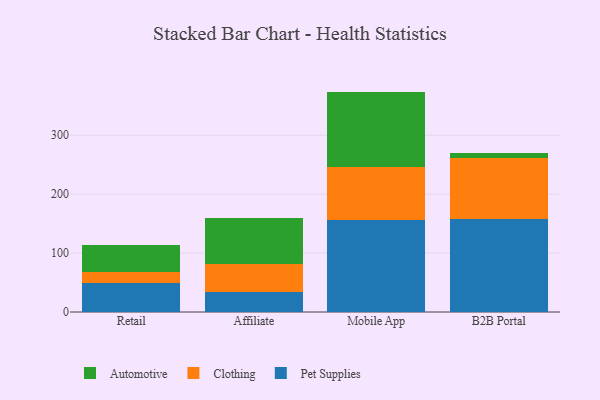
{"axis": {"x": "Channel", "y": "Revenue (USD Million)"}, "legend": ["Automotive", "Clothing", "Pet Supplies"], "data": [{"x": "Retail", "y": 49.0, "type": "Pet Supplies"}, {"x": "Retail", "y": 19.4, "type": "Clothing"}, {"x": "Retail", "y": 44.6, "type": "Automotive"}, {"x": "Affiliate", "y": 34.7, "type": "Pet Supplies"}, {"x": "Affiliate", "y": 47.6, "type": "Clothing"}, {"x": "Affiliate", "y": 76.4, "type": "Automotive"}, {"x": "Mobile App", "y": 156.8, "type": "Pet Supplies"}, {"x": "Mobile App", "y": 88.6, "type": "Clothing"}, {"x": "Mobile App", "y": 128.6, "type": "Automotive"}, {"x": "B2B Portal", "y": 158.2, "type": "Pet Supplies"}, {"x": "B2B Portal", "y": 102.6, "type": "Clothing"}, {"x": "B2B Portal", "y": 8.9, "type": "Automotive"}]}